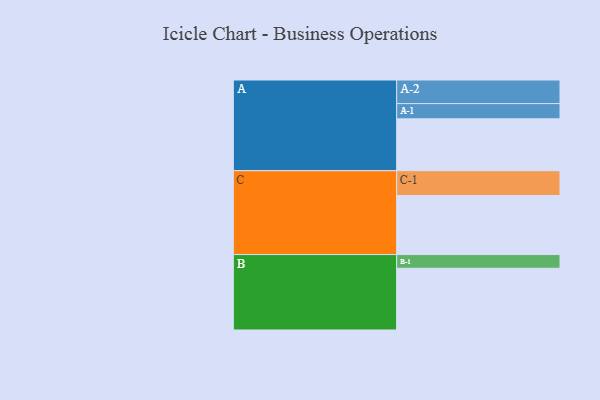
{"axis": {"x": "Segment", "y": "Value"}, "legend": ["", "A", "B", "C"], "data": [{"x": "A", "y": 492, "type": ""}, {"x": "B", "y": 586, "type": ""}, {"x": "C", "y": 560, "type": ""}, {"x": "A-1", "y": 145, "type": "A"}, {"x": "A-2", "y": 224, "type": "A"}, {"x": "B-1", "y": 130, "type": "B"}, {"x": "C-1", "y": 236, "type": "C"}]}